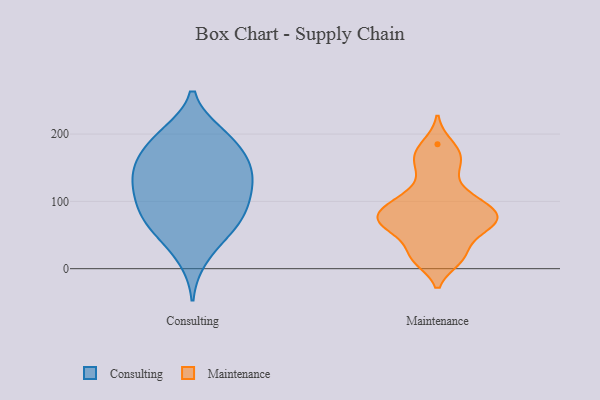
{"axis": {"x": "Shipments", "y": "Value"}, "legend": ["Consulting", "Maintenance"], "data": [{"x": "", "y": 162, "type": "Consulting"}, {"x": "", "y": 78, "type": "Consulting"}, {"x": "", "y": 197, "type": "Consulting"}, {"x": "", "y": 16, "type": "Consulting"}, {"x": "", "y": 150, "type": "Consulting"}, {"x": "", "y": 51, "type": "Consulting"}, {"x": "", "y": 80, "type": "Consulting"}, {"x": "", "y": 111, "type": "Consulting"}, {"x": "", "y": 126, "type": "Consulting"}, {"x": "", "y": 53, "type": "Consulting"}, {"x": "", "y": 73, "type": "Consulting"}, {"x": "", "y": 111, "type": "Consulting"}, {"x": "", "y": 200, "type": "Consulting"}, {"x": "", "y": 195, "type": "Consulting"}, {"x": "", "y": 176, "type": "Consulting"}, {"x": "", "y": 151, "type": "Consulting"}, {"x": "", "y": 130, "type": "Consulting"}, {"x": "", "y": 145, "type": "Consulting"}, {"x": "", "y": 94, "type": "Consulting"}, {"x": "", "y": 185, "type": "Maintenance"}, {"x": "", "y": 74, "type": "Maintenance"}, {"x": "", "y": 19, "type": "Maintenance"}, {"x": "", "y": 80, "type": "Maintenance"}, {"x": "", "y": 66, "type": "Maintenance"}, {"x": "", "y": 71, "type": "Maintenance"}, {"x": "", "y": 64, "type": "Maintenance"}, {"x": "", "y": 166, "type": "Maintenance"}, {"x": "", "y": 14, "type": "Maintenance"}, {"x": "", "y": 140, "type": "Maintenance"}, {"x": "", "y": 92, "type": "Maintenance"}, {"x": "", "y": 45, "type": "Maintenance"}, {"x": "", "y": 99, "type": "Maintenance"}, {"x": "", "y": 96, "type": "Maintenance"}, {"x": "", "y": 112, "type": "Maintenance"}, {"x": "", "y": 163, "type": "Maintenance"}, {"x": "", "y": 17, "type": "Maintenance"}, {"x": "", "y": 66, "type": "Maintenance"}]}